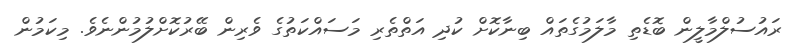
ރައުސުލްމާލީން ބޮޑެތި މާލަމުގެތައް ބިނާކޮށް ކުދި އަތްތެރި މަސައްކަތުގެ ވެރިން ބޭރުކޮށްލުމުންނެވެ. މިކަމުން